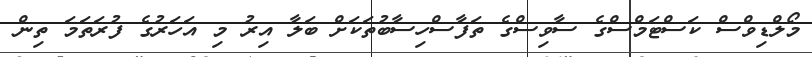
މޯލްޑިވްސް ކަސްޓަމްސްގެ ސާވިސްގެ ތަފާސްހިސާބުތަކަށް ބަލާ އިރު މި އަހަރުގެ ފުރަތަމަ ތިން